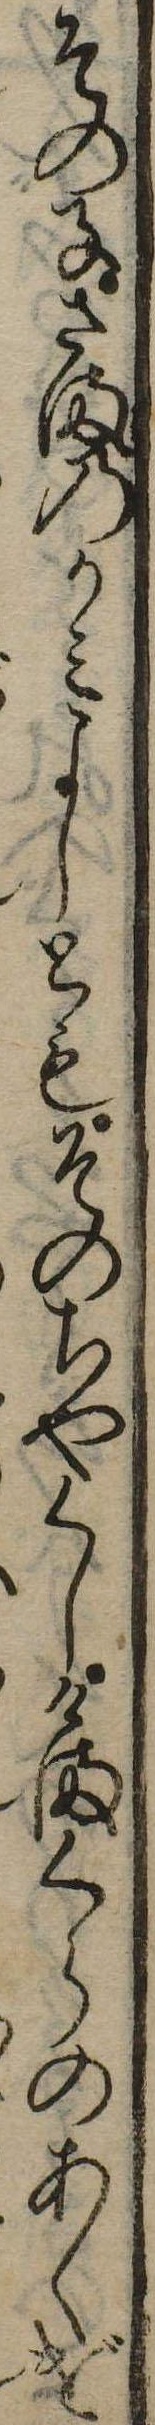
その子さまのかみよしともそのちやくしかまくらのあくげ